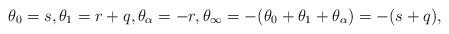
LaTeX: \begin{align*}\theta_0=s,\theta_1=r+q,\theta_\alpha=-r,\theta_\infty=-(\theta_0+\theta_1+\theta_\alpha)=-(s+q),\end{align*}